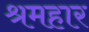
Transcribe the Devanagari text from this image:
श्रमहार